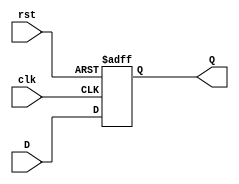
`timescale 1ns / 1ps
//////////////////////////////////////////////////////////////////////////////////
// Company: 
// Engineer: 
// 
// Design Name: 
// Module Name: dff
// Project Name: 
// Target Devices: 
// Tool Versions: 
// Description: 
// 
// Dependencies: 
// 
// Revision:
// Revision 0.01 - File Created
// Additional Comments:
// 
//////////////////////////////////////////////////////////////////////////////////


module dff(
    input D,
    input rst,
    input clk,
    output reg Q
    );

always @ (posedge(clk), posedge(rst))
begin
    if (rst == 1)
        Q <= 1'b0;
    else
        Q <= D;
end
     
endmodule